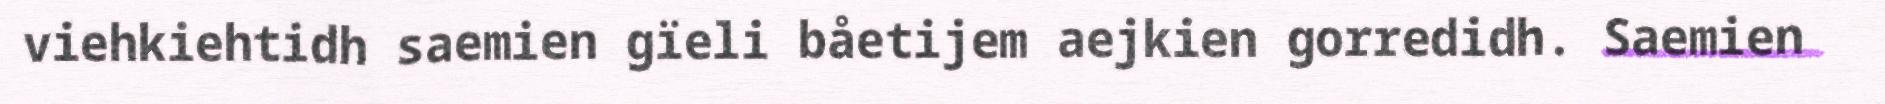
viehkiehtidh saemien gïeli båetijem aejkien gorredidh. Saemien